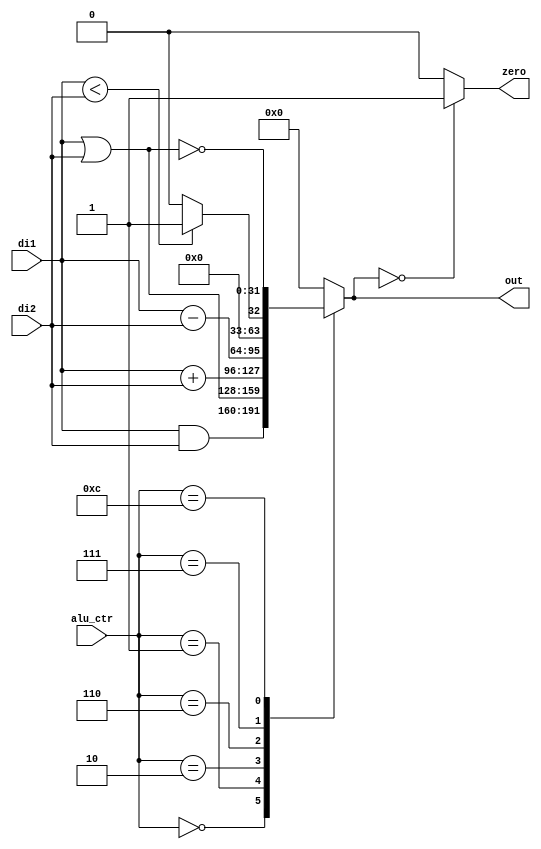
`timescale 1ns / 1ps
//////////////////////////////////////////////////////////////////////////////////
// Company: 
// Engineer: 
// 
// Design Name: 
// Module Name: alu
// Project Name: 
// Target Devices: 
// Tool Versions: 
// Description: 
// 
// Dependencies: 
// 
// Revision:
// Revision 0.01 - File Created
// Additional Comments:
// 
//////////////////////////////////////////////////////////////////////////////////


module alu(input [31:0] di1,input [31:0] di2,input [3:0] alu_ctr,output  zero,output reg [31:0] out);
always@(di1 or di2 or alu_ctr)
begin
case(alu_ctr)
4'b0000:out=di1 & di2; //and
4'b0001:out=di1 | di2; //or
4'b0010:out=di1+di2;//add
4'b0110:out=di1-di2;//sub
4'b0111:out=(di1<di2)?1:0;//slt
4'b1100:out=~(di1 | di2); //nor
default:out=0;
endcase

end
assign zero=(out==0)?1:0;

endmodule